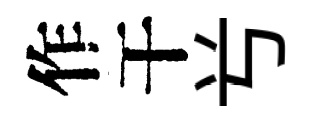
作干𠔃